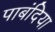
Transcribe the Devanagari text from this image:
पाबंदिया